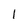
Character: 1